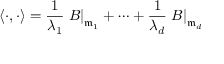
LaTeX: \langle \cdot , \cdot \rangle = { \frac { 1 } { \lambda _ { 1 } } } \left. B \right| _ { { \mathfrak { m } } _ { 1 } } + \cdots + { \frac { 1 } { \lambda _ { d } } } \left. B \right| _ { { \mathfrak { m } } _ { d } }